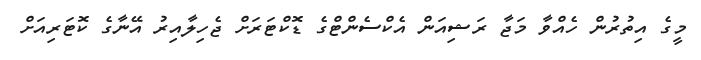
މީގެ އިތުރުން ހެއްވާ މަޖާ ރަޝިއަން އެކްސެންޓްގެ ޑޮކްޓަރަށް ޖެހިލާއިރު އޭނާގެ ކޮޓަރިއަށް